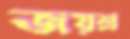
জয়শ্র